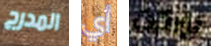
المدرج أي بوركت